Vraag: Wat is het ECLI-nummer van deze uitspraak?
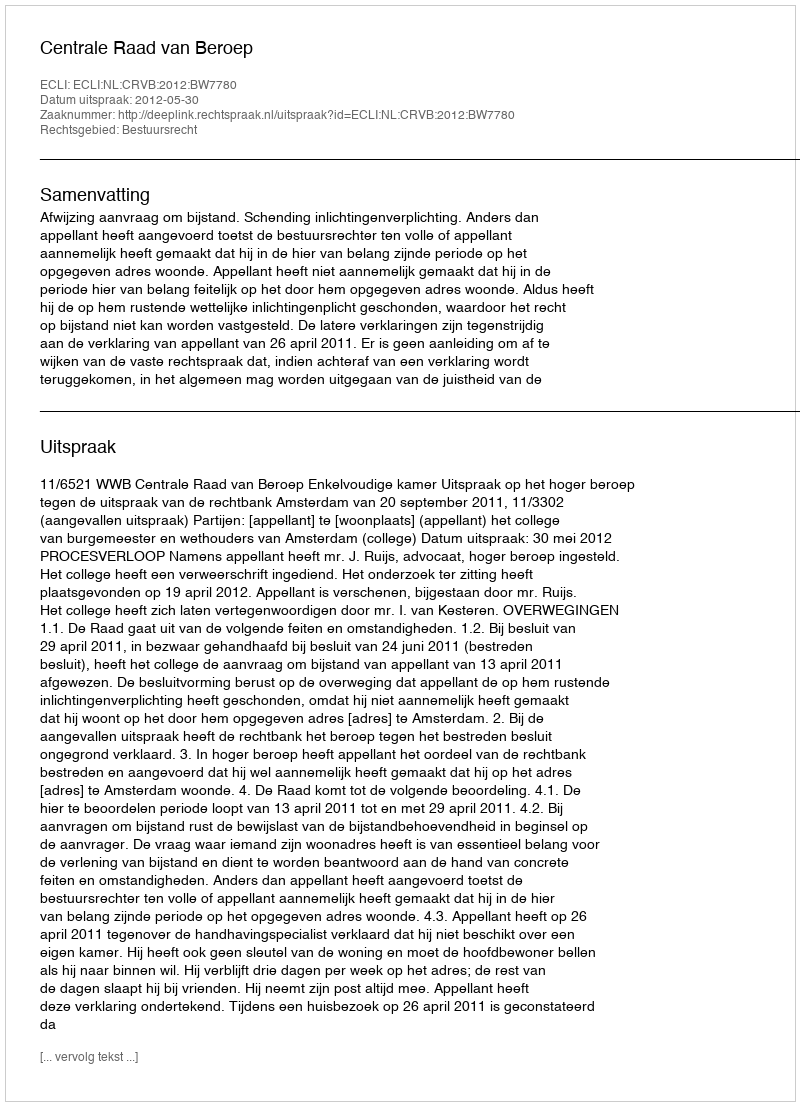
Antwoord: ECLI:NL:CRVB:2012:BW7780